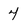
Character: 4